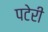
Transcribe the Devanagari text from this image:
पटेरी